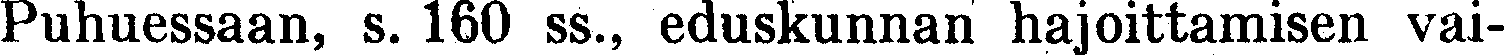
Puhuessaan, s. 160 ss., eduskunnan hajoittamisen vai-